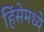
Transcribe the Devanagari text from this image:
हिंसेमध्ये